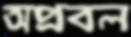
অপ্রবল